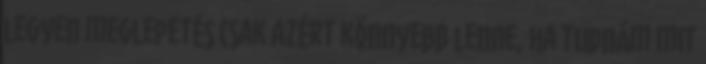
legyen meglepetés Csak azért könnyebb lenne, ha tudnám mit